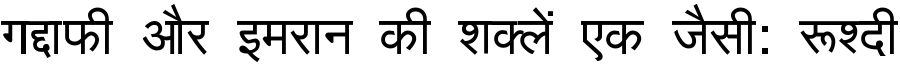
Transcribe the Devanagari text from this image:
गद्दाफी और इमरान की शक्लें एक जैसी: रूश्दी